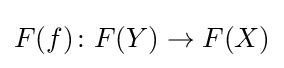
F(f)\colon F(Y)\to F(X)